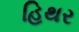
હિથર